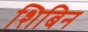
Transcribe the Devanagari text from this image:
शिबिन